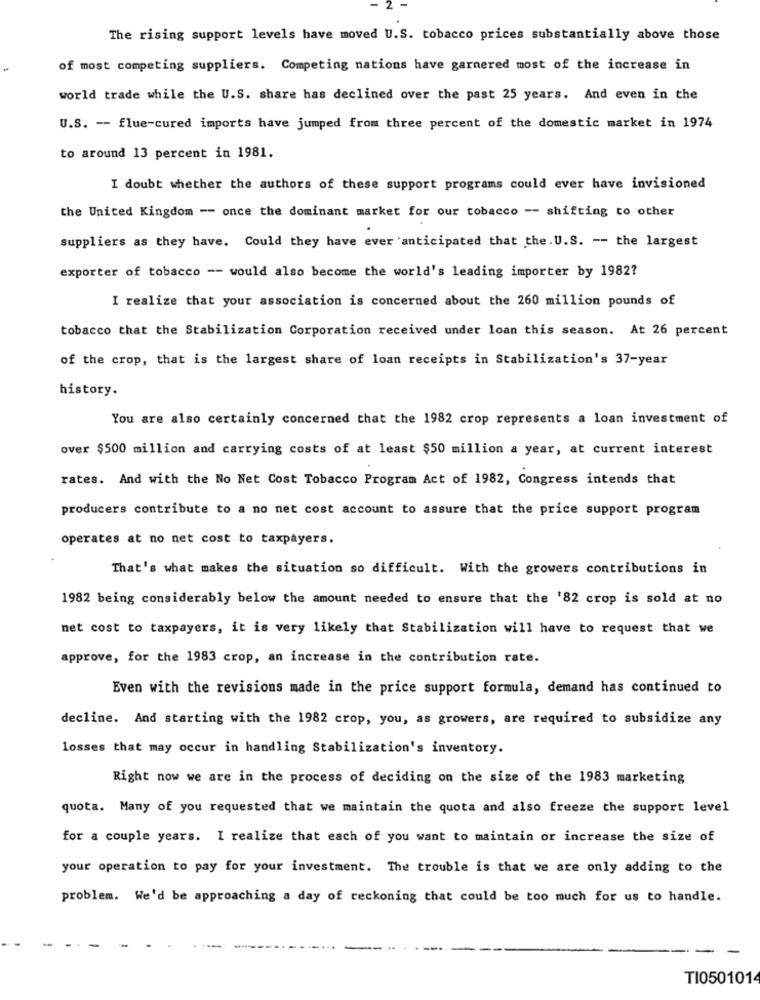
The rising support levels have moved U.S. tobacco prices substantially above those
of most competing suppliers. Competing nations have garnered most of the increase in
world trade while the U.S. share has declined over the past 25 years. And even in the
U.S. -- flue-cured imports have jumped from three percent of the domestic market in 1974
to around 13 percent in 1981.
I doubt whether the authors of these support programs could ever have invisioned
the United Kingdom -- once the dominant market for our tobacco -- shifting to other
suppliers as they have. Could they have ever anticipated that the. U.S. -- the largest
exporter of tobacco -- would also become the world's leading importer by 1982?
I realize that your association is concerned about the 260 million pounds of
tobacco that the Stabilization Corporation received under loan this season. At 26 percent
of the crop, that is the largest share of loan receipts in Stabilization's 37-year
history.
You are also certainly concerned that the 1982 crop represents a loan investment of
over $500 million and carrying costs of at least $50 million a year, at current interest
rates. And with the No Net Cost Tobacco Program Act of 1982, Congress intends that
producers contribute to a no net cost account to assure that the price support program
operates at no net cost to taxpayers.
That's what makes the situation so difficult. With the growers contributions in
1982 being considerably below the amount needed to ensure that the '82 crop is sold at no
net cost to taxpayers, it is very likely that Stabilization will have to request that we
approve, for the 1983 crop, an increase in the contribution rate.
Even with the revisions made in the price support formula, demand has continued to
decline. And starting with the 1982 crop, you, as growers, are required to subsidize any
losses that may occur in handling Stabilization's inventory.
Right now we are in the process of deciding on the size of the 1983 marketing
quota. Many of you requested that we maintain the quota and also freeze the support level
for a couple years. I realize that each of you want to maintain or increase the size of
your operation to pay for your investment. The trouble is that we are only adding to the
problem. We'd be approaching a day of reckoning that could be too much for us to handle.
TI050101